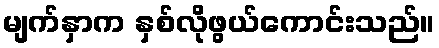
မျက်နှာက နှစ်လိုဖွယ်ကောင်းသည်။